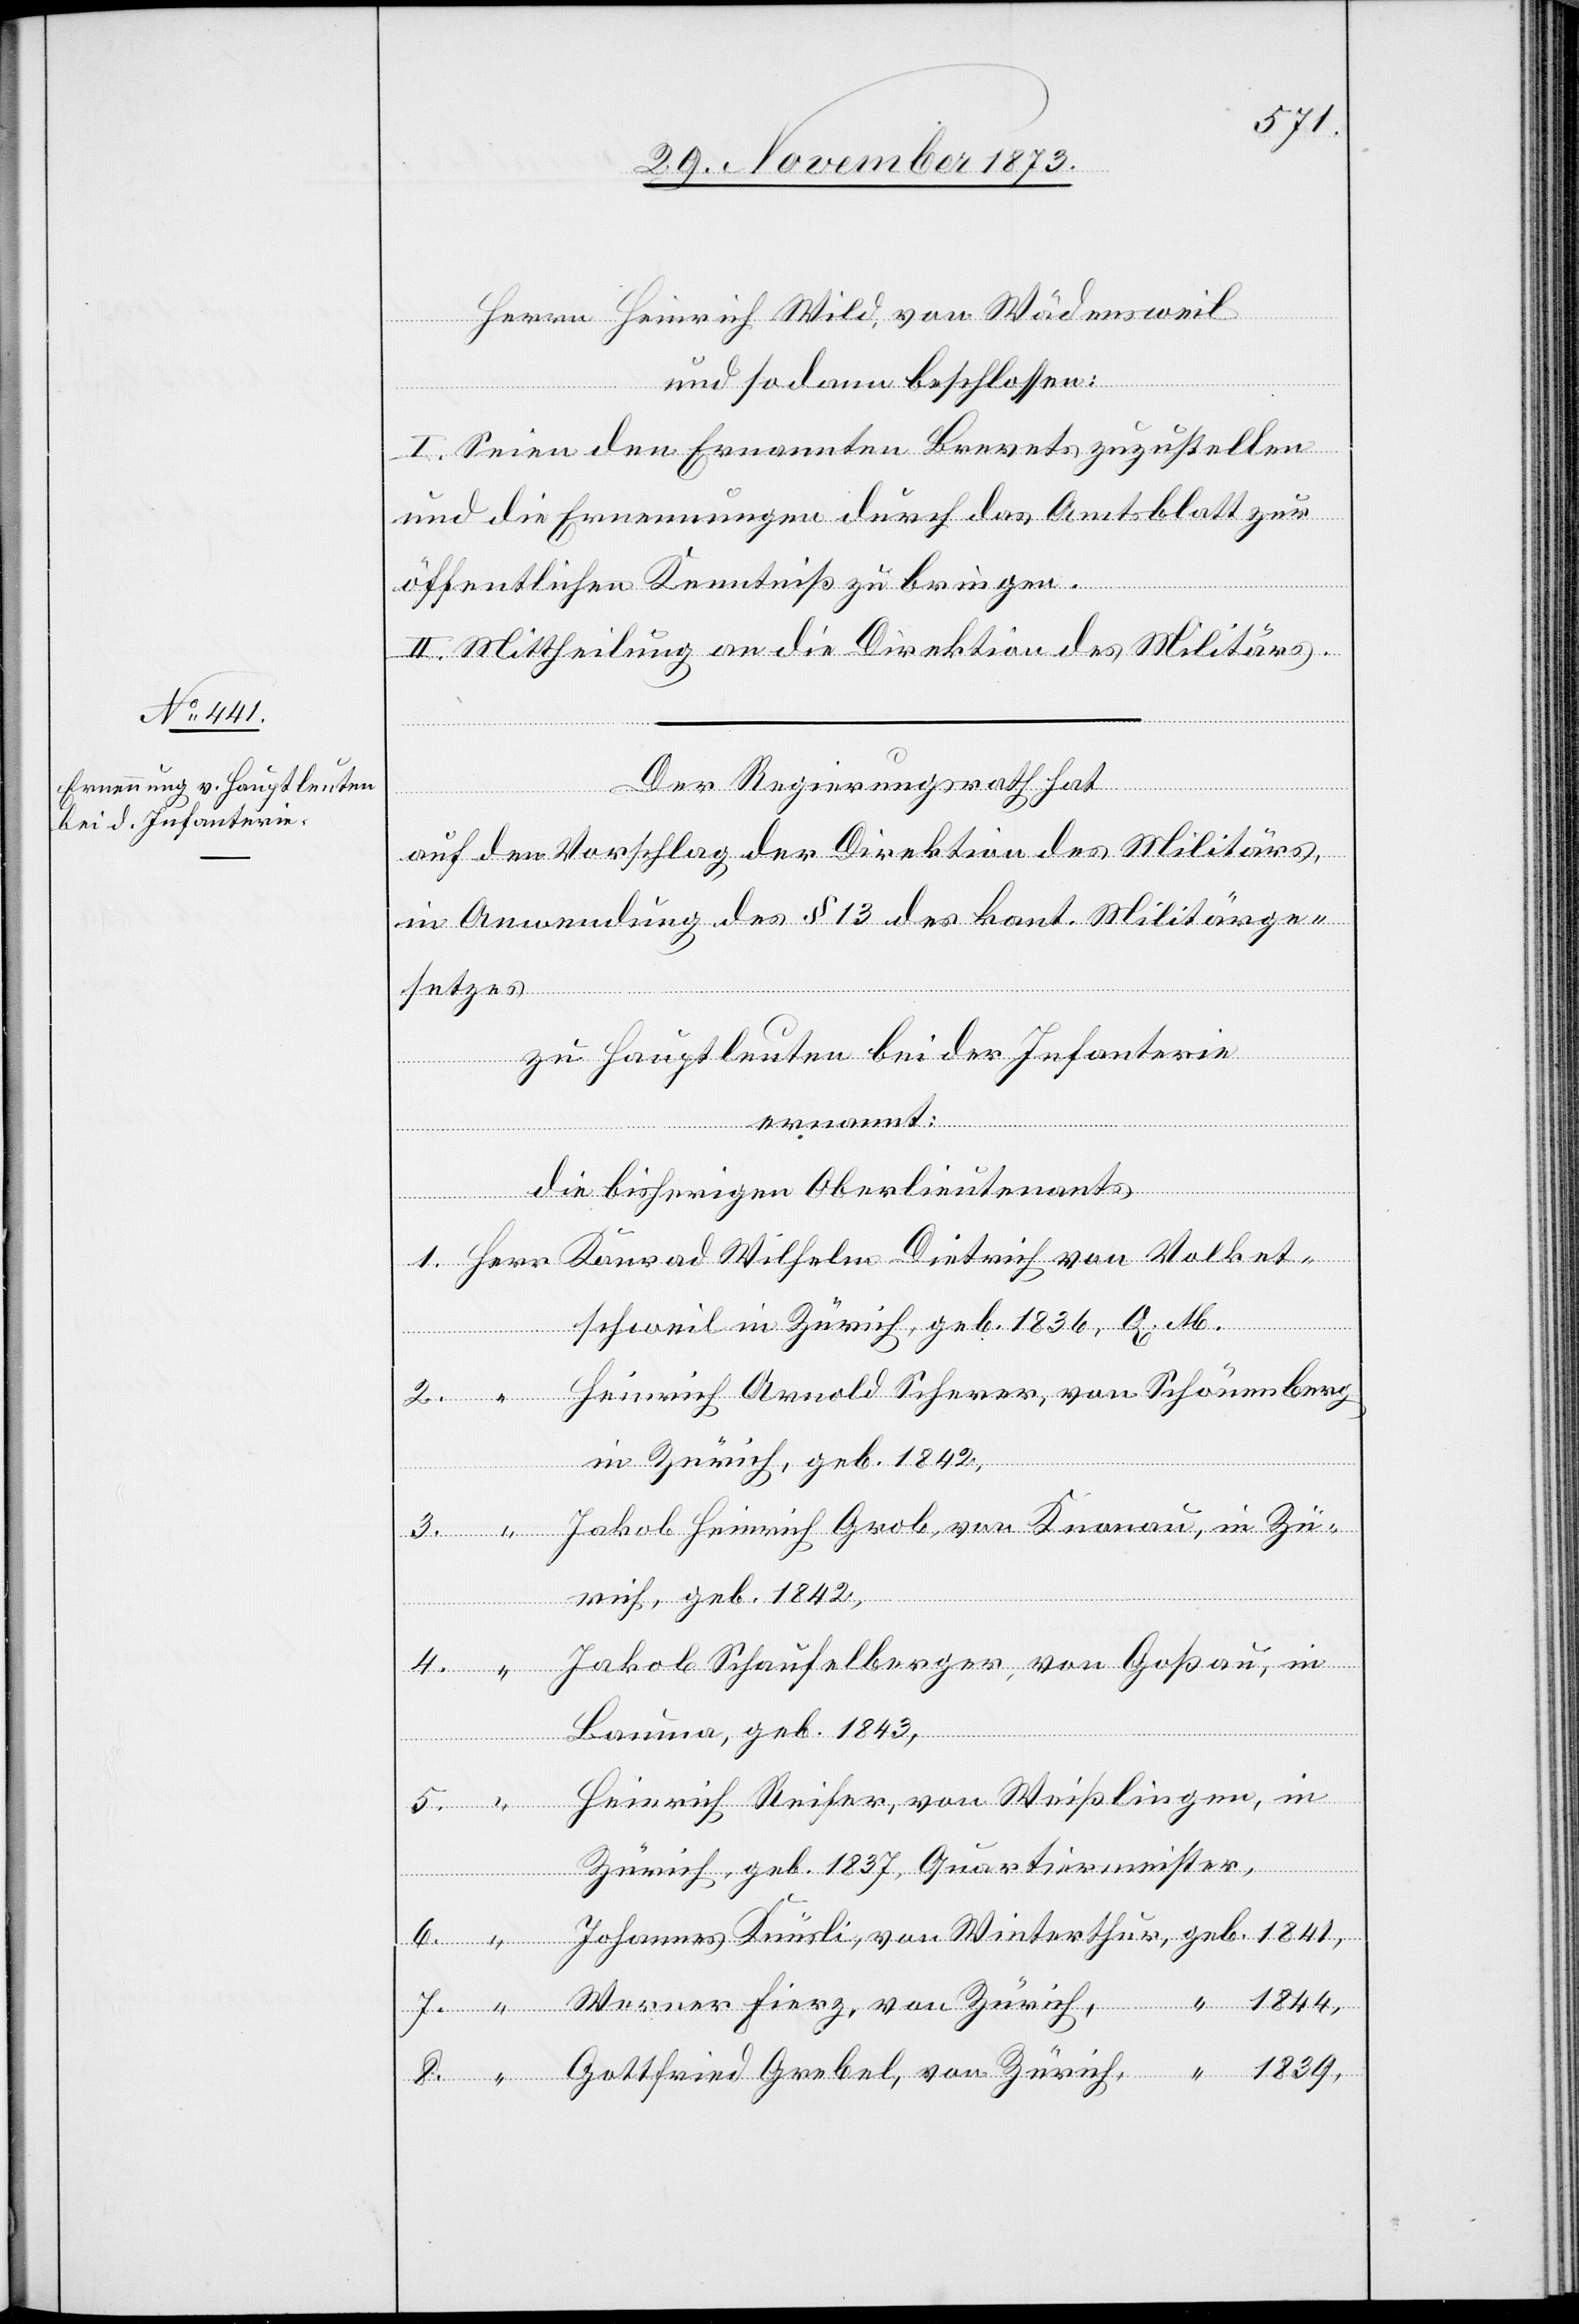
Volket¬
Herrn Heinrich Wild, von Wädensweil
und sodann beschlossen:
I. Seien den Ernannten Brevets zuzustellen
und die Ernennungen durch das Amtsblatt zur
öffentlichen Kenntniß zu bringen.
II. Mittheilung an die Direktion des Militärs.
Der Regierungsrath hat
auf den Vorschlag der Direktion des Militärs,
in Anwendung des § 13 des kant. Militärge¬
setzes
zu Hauptleuten bei der Infanterie
ernannt:
die bisherigen Oberlieutenants
schweil in Zürich, geb. 1836, Q.
Heinrich Arnold Scherer, von Schönenberg
in Zürich, geb. 1842,
Jakob Heinrich Grob, von Knonau, in Zü¬
rich, geb. 1842,
“
Jakob Schaufelberger, von Goßau, in
Bauma, geb. 1843,
Heinrich Reifer, von Weißlingen, in
Zürich, geb. 1837, Quartiermeister,
1844,
Werner Fierz, von Zürich,